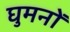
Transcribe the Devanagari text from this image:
घुमनों